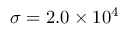
\sigma = 2 . 0 \times 1 0 ^ { 4 }